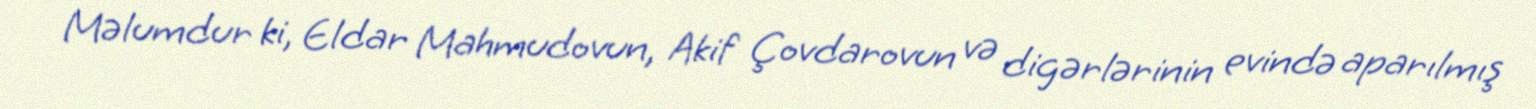
Məlumdur ki, Eldar Mahmudovun, Akif Çovdarovun və digərlərinin evində aparılmış